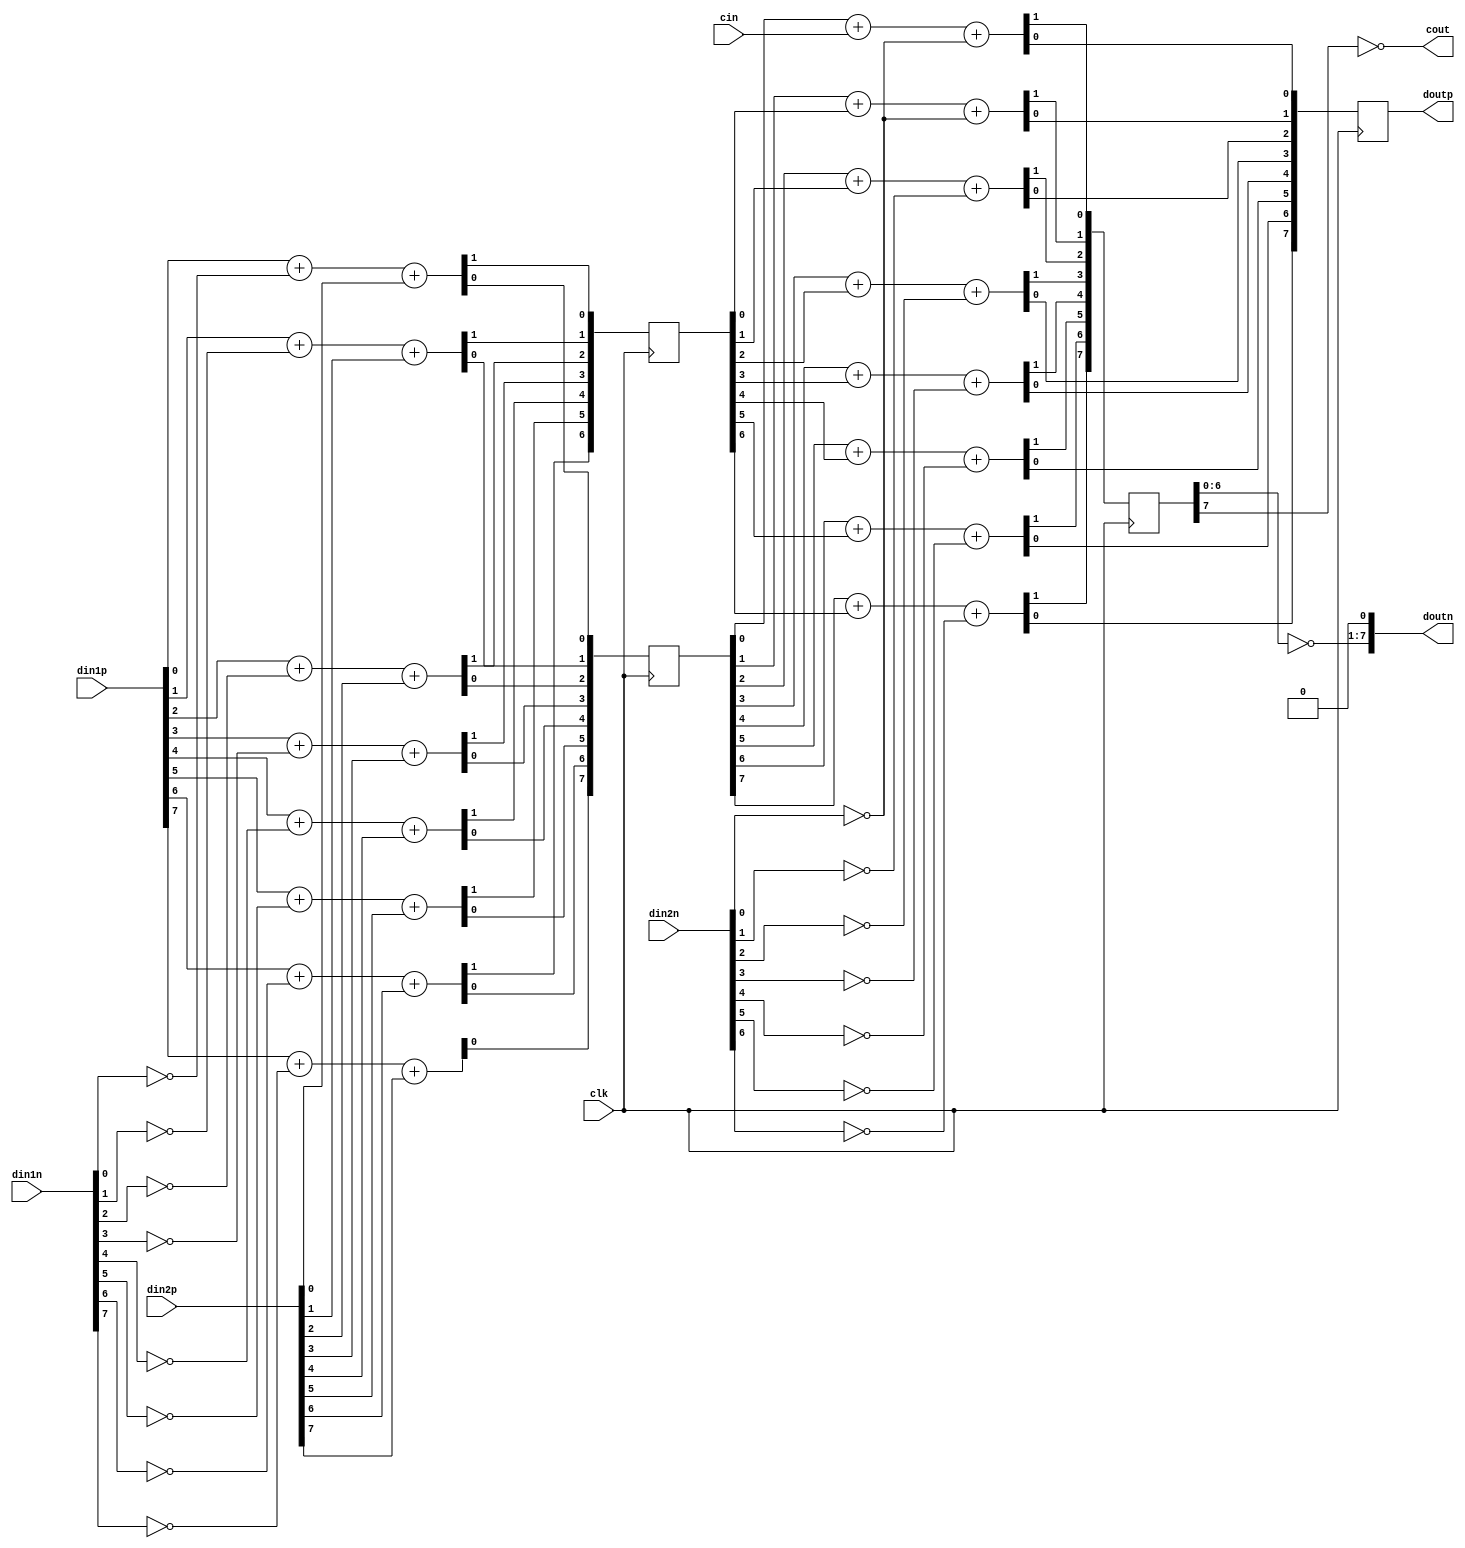
module radix2adder(din1p, din1n, din2p, din2n, cin, doutp, doutn, cout, clk);
	parameter no_of_digits = 8;

	output cout;
	output[no_of_digits-1:0] doutp, doutn;
	input [no_of_digits-1:0] din1p, din1n, din2p, din2n;
	input cin, clk;
		
	integer i = 0;
	reg[no_of_digits-1:0] fa1c, fa1s, fa2c, fa2s;


	always @ (posedge clk)
	begin
		{fa1c[0], fa1s[0]} <= din1p[0] + ~din1n[0] + din2p[0];
		{fa2c[0], fa2s[0]} <= fa1s[0] + cin + ~din2n[0];

		for (i=1; i<no_of_digits; i=i+1)

		begin
			{fa1c[i], fa1s[i]} <= din1p[i] + ~din1n[i] + din2p[i];
			{fa2c[i], fa2s[i]} <= fa1s[i] + fa1c[i-1] + ~din2n[i-1];

		end
	end

	assign doutn[no_of_digits-1:1] = ~fa2c[no_of_digits-2:0];
	assign doutn[0] = 0;
	assign doutp = fa2s;
	assign cout = ~fa2c[no_of_digits-1];
	
endmodule